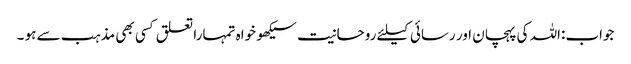
جواب:اللہ کی پہچان اور رسائی کیلئے روحانیت سیکھو خواہ تمہارا تعلق کسی بھی مذہب سے ہو ۔